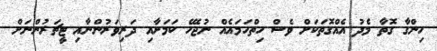
ހިންގާ ގޮތާ މެދު އެއްގޮތަކަށް ވެސް ހިތްހަމައެއް ނުޖެހޭ ކަމަށާއި ދަރިވަރުންނާއި ޓީޗަރުންނަށް